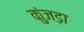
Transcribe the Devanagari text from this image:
कुंजड़ा